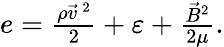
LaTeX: \begin{array}{r}{e=\frac{\rho\vec{v}^{\, 2}}{2}+\varepsilon+\frac{\vec{B}^{2}}{2\mu}.}\end{array}